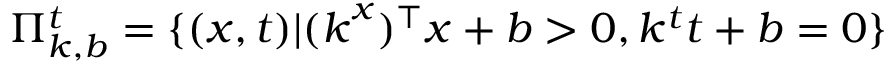
\Pi _ { k , b } ^ { t } = \{ ( \boldsymbol { x } , t ) | ( \boldsymbol { k } ^ { x } ) ^ { \top } \boldsymbol { x } + b > 0 , k ^ { t } t + b = 0 \}